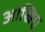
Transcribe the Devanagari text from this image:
आखिए